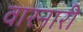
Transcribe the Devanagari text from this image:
वारनारी